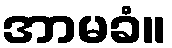
အာမခံ။